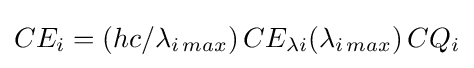
CE_{i}=(hc/\lambda _{i\,max})\,CE_{\lambda i}(\lambda _{i\,max})\,CQ_{i}